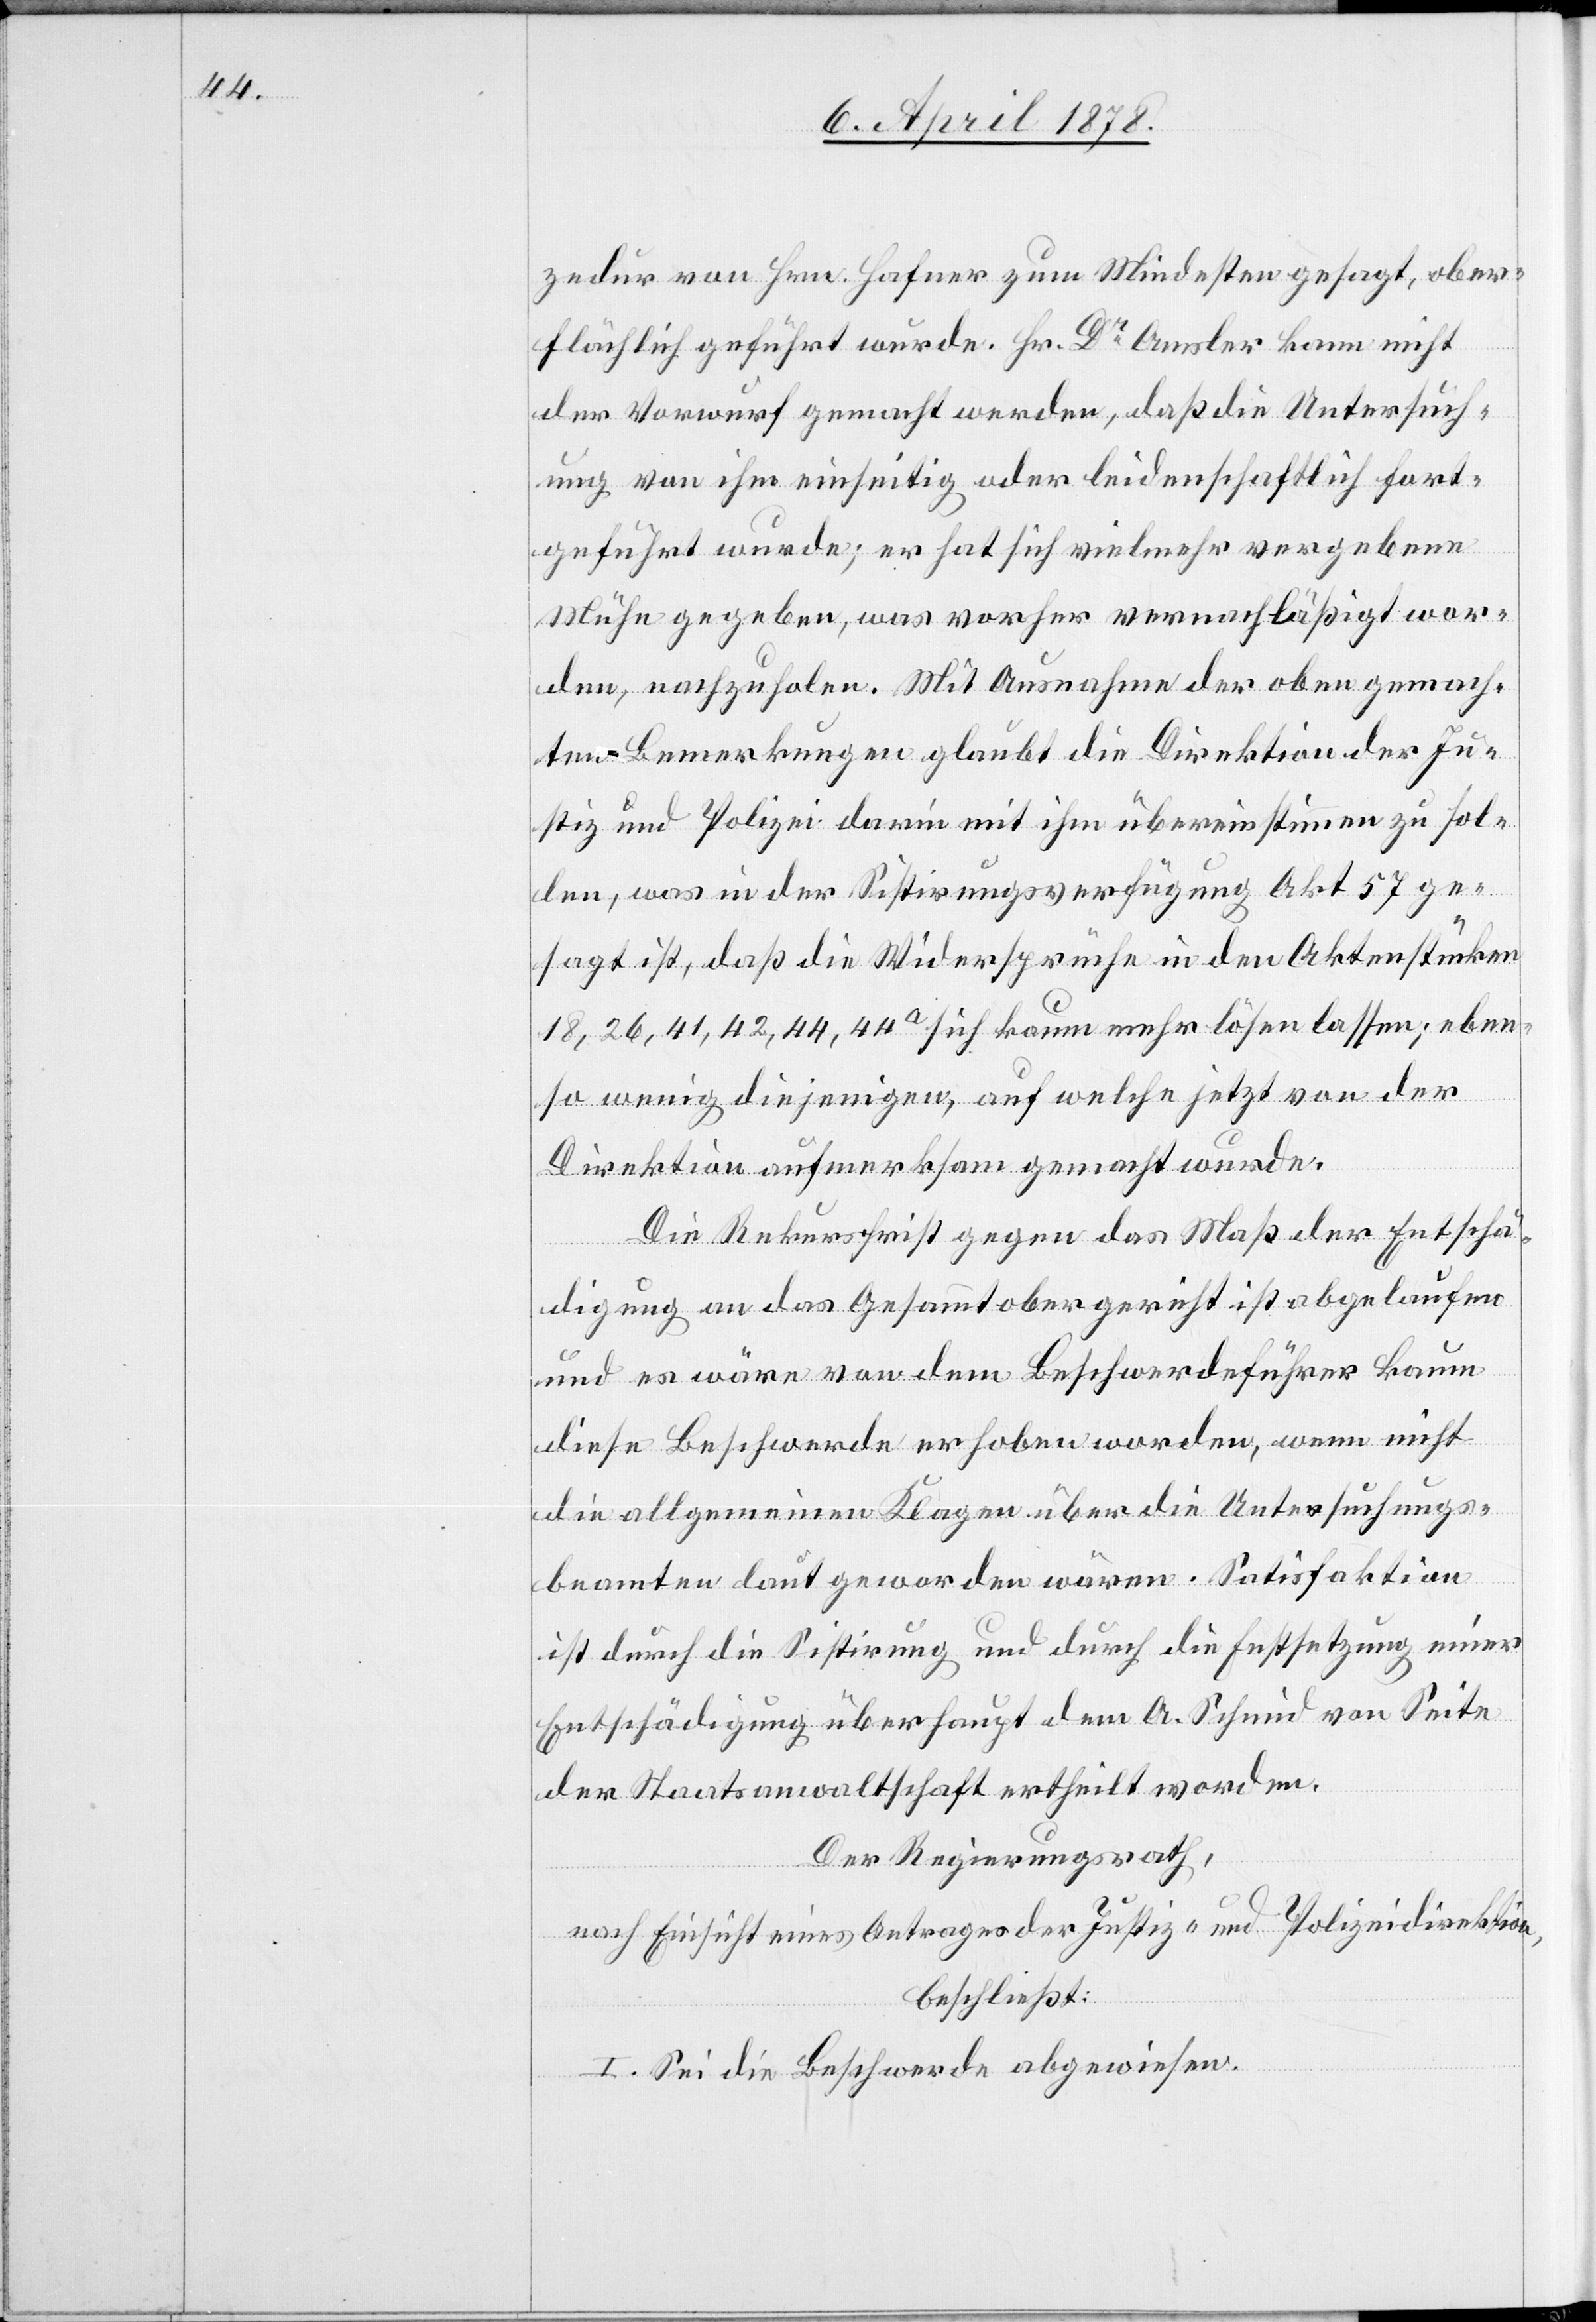
zedur von Hrn. Hafner zum Mindesten gesagt, ober¬
flächlich geführt wurde. Hr. Dr Amsler kann nicht
der Vorwurf gemacht werden, daß die Untersuch¬
ung von ihm einseitig oder leidenschaftlich fort¬
geführt wurde; er hat sich vielmehr vergebene
Mühe gegeben, was vorher vernachlässigt wor¬
den, nachzuholen. Mit Ausnahme der oben gemach¬
ten Bemerkungen glaubt die Direktion der Ju¬
stiz und Polizei darin mit ihm übereinstimmen zu sol¬
len, was in der Sistirungsverfügung Akt 57 ge¬
sagt ist, daß die Widersprüche in den Aktenstücken
18, 26, 41, 42, 44, 44a sich kaum mehr lösen lassen; eben¬
so wenig diejenigen, auf welche jetzt von der
Direktion aufmerksam gemacht wurde.
Die Rekursfrist gegen das Maß der Entschä¬
digung an das Gesammtobergericht ist abgelaufen
und es wäre von dem Beschwerdeführer kaum
diese Beschwerde erhoben worden, wenn nicht
die allgemeinen Klagen über die Untersuchungs¬
beamten laut geworden wären. Satisfaktion
ist durch die Sistirung und durch die Festsetzung einer
Entschädigung überhaupt dem A. Schmid von Seite
der Staatsanwaltschaft ertheilt worden.
Der Regierungsrath,
nach Einsicht eines Antrages der Justiz- und Polizeidirektion,
beschließt:
I. Sei die Beschwerde abgewiesen.